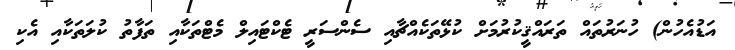
އަޑުއެހުން) ހުނަރުތައް ތަރައްޤީކުރުމަށް ކުޅޭތަކެއްޗާއި ސެންސަރީ ޓެކްޓައިލް މެޓްތަކާއި ތަފާތު ކުލަތަކާއި އެކި